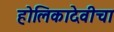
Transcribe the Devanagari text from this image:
होलिकादेवीचा